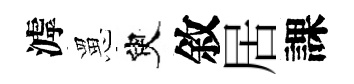
滹罳臾敘居課